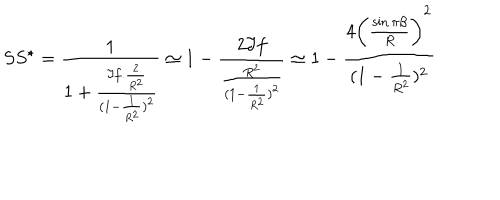
S S ^ { \star } = \frac { 1 } { 1 + \frac { \Im f . { \frac { 2 } { R ^ { 2 } } } } { ( 1 - \frac { 1 } { R ^ { 2 } } ) ^ { 2 } } } \simeq 1 - \frac { 2 \Im f } { \frac { R ^ { 2 } } { ( 1 - \frac { 1 } { R ^ { 2 } } ) ^ { 2 } } } \simeq 1 - \frac { 4 \bigg ( \frac { \sin \pi \beta } { R } \bigg ) ^ { 2 } } { ( 1 - \frac { 1 } { R ^ { 2 } } ) ^ { 2 } }